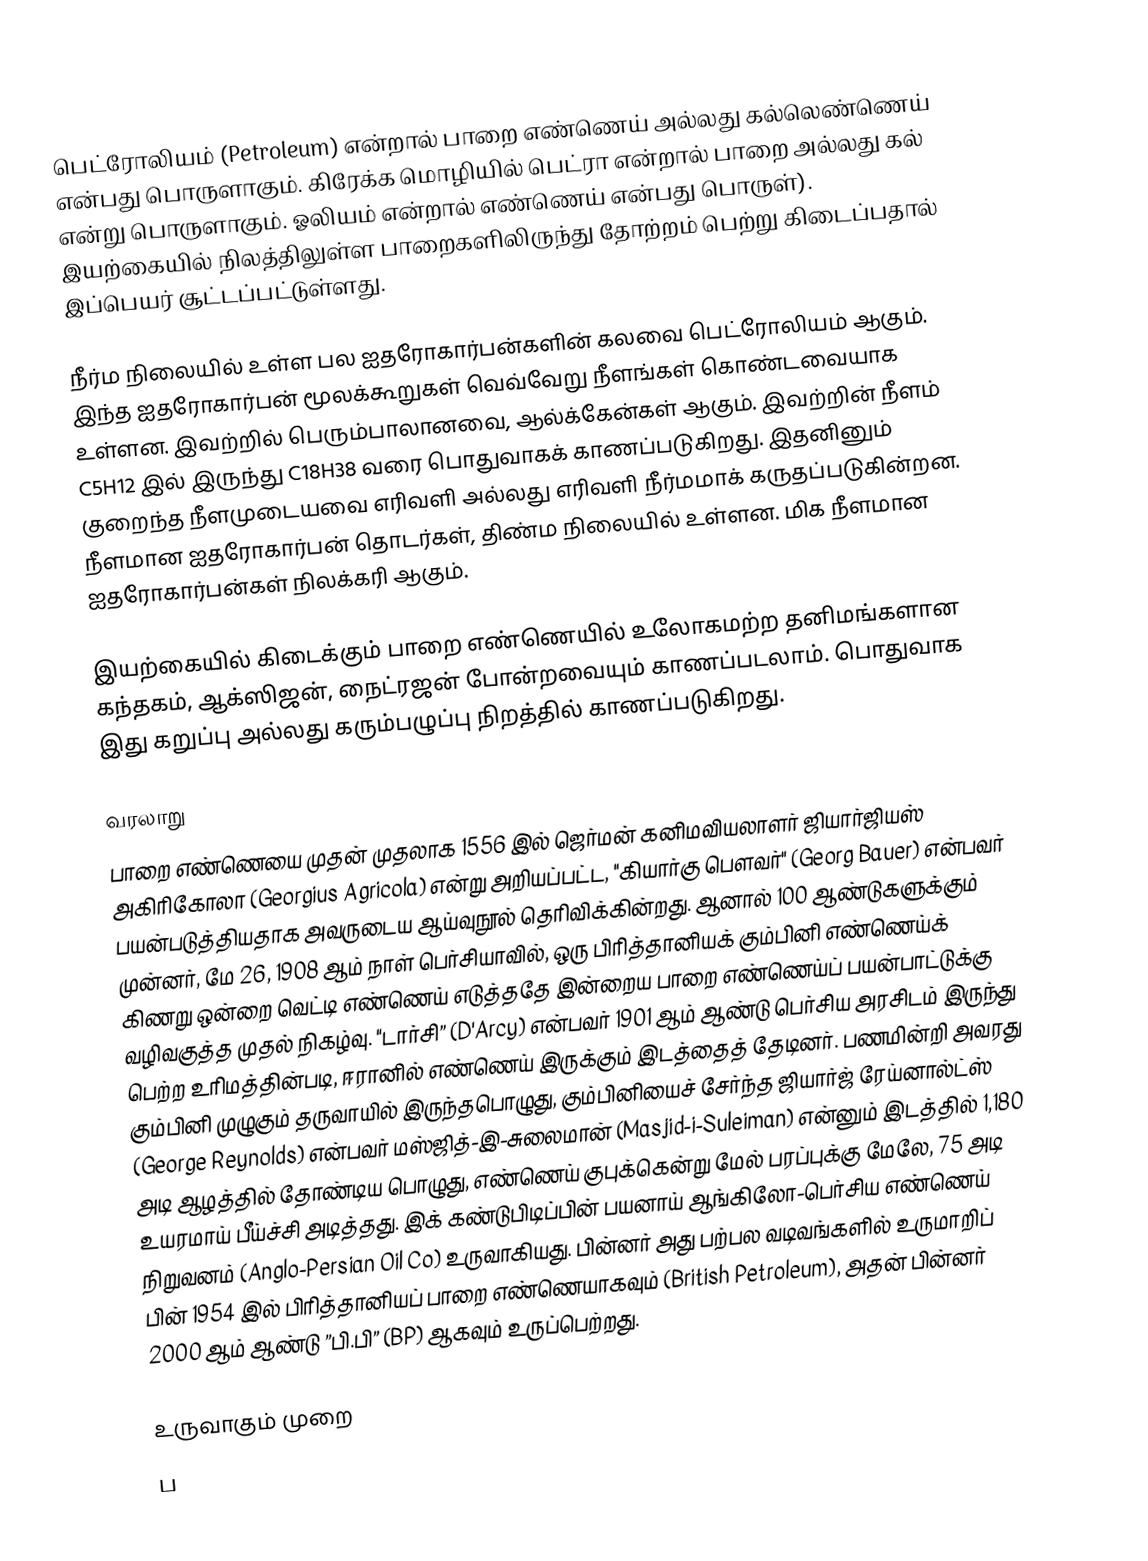
பெட்ரோலியம் (Petroleum) என்றால் பாறை எண்ணெய் அல்லது கல்லெண்ணெய் என்பது பொருளாகும். கிரேக்க மொழியில் பெட்ரா என்றால் பாறை அல்லது கல் என்று பொருளாகும். ஓலியம் என்றால் எண்ணெய் என்பது பொருள்). இயற்கையில் நிலத்திலுள்ள பாறைகளிலிருந்து தோற்றம் பெற்று கிடைப்பதால் இப்பெயர் சூட்டப்பட்டுள்ளது.

நீர்ம நிலையில் உள்ள பல ஐதரோகார்பன்களின் கலவை பெட்ரோலியம் ஆகும். இந்த ஐதரோகார்பன் மூலக்கூறுகள் வெவ்வேறு நீளங்கள் கொண்டவையாக உள்ளன. இவற்றில் பெரும்பாலானவை, ஆல்க்கேன்கள் ஆகும். இவற்றின் நீளம் C5H12 இல் இருந்து C18H38 வரை பொதுவாகக் காணப்படுகிறது. இதனினும் குறைந்த நீளமுடையவை எரிவளி அல்லது எரிவளி நீர்மமாக் கருதப்படுகின்றன. நீளமான ஐதரோகார்பன் தொடர்கள், திண்ம நிலையில் உள்ளன. மிக நீளமான ஐதரோகார்பன்கள் நிலக்கரி ஆகும்.

இயற்கையில் கிடைக்கும் பாறை எண்ணெயில் உலோகமற்ற தனிமங்களான கந்தகம், ஆக்ஸிஜன், நைட்ரஜன் போன்றவையும் காணப்படலாம். பொதுவாக இது கறுப்பு அல்லது கரும்பழுப்பு நிறத்தில் காணப்படுகிறது.

வரலாறு
பாறை எண்ணெயை முதன் முதலாக 1556 இல் ஜெர்மன் கனிமவியலாளர் ஜியார்ஜியஸ் அகிரிகோலா (Georgius Agricola) என்று அறியப்பட்ட, "கியார்கு பௌவர்" (Georg Bauer) என்பவர் பயன்படுத்தியதாக அவருடைய ஆய்வுநூல் தெரிவிக்கின்றது. ஆனால் 100 ஆண்டுகளுக்கும் முன்னர், மே 26, 1908 ஆம் நாள் பெர்சியாவில், ஒரு பிரித்தானியக் கும்பினி  எண்ணெய்க் கிணறு ஒன்றை வெட்டி எண்ணெய் எடுத்ததே  இன்றைய பாறை எண்ணெய்ப் பயன்பாட்டுக்கு வழிவகுத்த முதல் நிகழ்வு. "டார்சி” (D'Arcy) என்பவர் 1901 ஆம் ஆண்டு பெர்சிய அரசிடம் இருந்து பெற்ற உரிமத்தின்படி,  ஈரானில் எண்ணெய் இருக்கும் இடத்தைத் தேடினர். பணமின்றி அவரது கும்பினி முழுகும் தருவாயில் இருந்தபொழுது, கும்பினியைச் சேர்ந்த ஜியார்ஜ் ரேய்னால்ட்ஸ் (George Reynolds) என்பவர் மஸ்ஜித்-இ-சுலைமான் (Masjid-i-Suleiman) என்னும் இடத்தில் 1,180 அடி ஆழத்தில் தோண்டிய பொழுது, எண்ணெய் குபுக்கென்று மேல் பரப்புக்கு மேலே, 75 அடி உயரமாய் பீய்ச்சி அடித்தது. இக் கண்டுபிடிப்பின் பயனாய் ஆங்கிலோ-பெர்சிய எண்ணெய் நிறுவனம் (Anglo-Persian Oil Co) உருவாகியது. பின்னர் அது பற்பல வடிவங்களில் உருமாறிப் பின் 1954 இல் பிரித்தானியப் பாறை எண்ணெயாகவும் (British Petroleum), அதன் பின்னர் 2000 ஆம் ஆண்டு ”பி.பி” (BP) ஆகவும் உருப்பெற்றது.

உருவாகும் முறை
ப